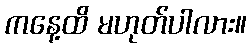
ကနေ့ထိ မဟုတ်ပါလား။